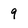
Character: 9